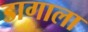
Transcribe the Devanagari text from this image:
डागाला